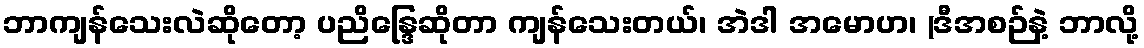
ဘာကျန်သေးလဲဆိုတော့ ပညိန္ဒြေဆိုတာ ကျန်သေးတယ်၊ အဲဒါ အမောဟ၊ (ဒီအစဉ်နဲ့ ဘာလို့